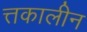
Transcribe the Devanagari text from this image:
त्तकालीन